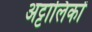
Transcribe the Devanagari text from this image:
अट्टालिकों